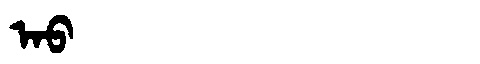
Manchu: ᠠᠣ
Romanization: AO